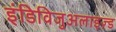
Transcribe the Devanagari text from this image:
इंडिविजुअलाइज़्ड